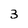
Character: 3